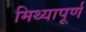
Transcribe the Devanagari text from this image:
मिथ्यापूर्ण